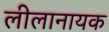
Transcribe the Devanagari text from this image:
लीलानायक